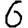
Digit: 6